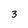
Character: 3